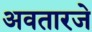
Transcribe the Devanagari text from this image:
अवतारजे